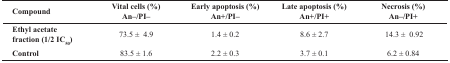
| Compound | Vital cells (%)  An–/PI– | Early apoptosis (%)  An+/PI– | Late apoptosis (%) An+/PI+ | Necrosis (%) An–  /PI+ |
 | --- | --- | --- | --- | --- |
 | Ethyl acetate fraction (1/2 IC50) | 73.5 ± 4.9 | 1.4 ± 0.2 | 8.6 ± 2.7 | 14.3 ± 0.92 |
 | Control | 83.5 ± 1.6 | 2.2 ± 0.3 | 3.7 ± 0.1 | 6.2 ± 0.84 |